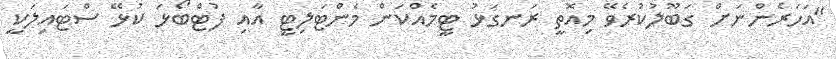
"އަހަރެންނަށް ގަބޫލުކުރެވޭ މިއޮތީ ރަނގަޅު ޓީމެއްކަން މެންޓަލިޓީ އާއި ފުޓްބޯޅަ ކުޅޭ ސްޓައިލަކީ